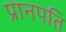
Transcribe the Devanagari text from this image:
प्रानपति